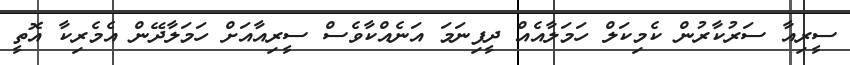
ސީރިއާ ސަރުކާރުން ކެމިކަލް ހަމަލާއެއް ދީފިނަމަ އަނެއްކާވެސް ސީރިއާއަށް ހަމަލާދޭން އެމެރިކާ އޮތީ